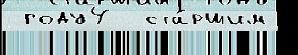
 году4  ста́ршим